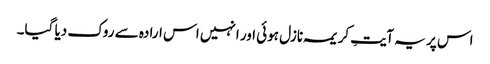
اس پر یہ آیتِ کریمہ نازل ہوئی اور انہیں اس ارادہ سے روک دیا گیا۔